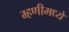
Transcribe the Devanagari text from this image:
म्हणीमध्ये